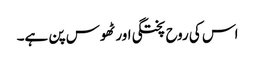
اس کی روح پختگی اور ٹھوس پن ہے۔